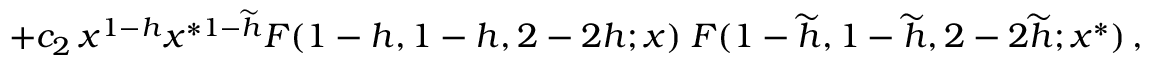
+ c _ { 2 } \, x ^ { 1 - h } x ^ { * 1 - \widetilde { h } } F ( 1 - h , 1 - h , 2 - 2 h ; x ) \; F ( 1 - \widetilde { h } , 1 - \widetilde { h } , 2 - 2 \widetilde { h } ; x ^ { * } ) \, ,